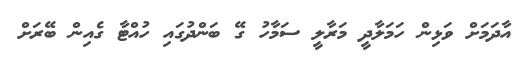
އާދަމަށް ވަޅިން ހަމަލާދީ މަރާލީ ސަމާހު ގޭ ބަންދުގައި ހުއްޓާ ގެއިން ބޭރަށް